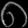
Digit: ၈